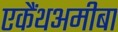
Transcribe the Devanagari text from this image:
एकैंथअमीबा